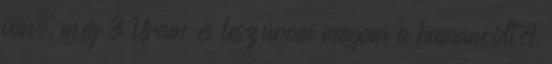
van, még 3 Uram és leszúrom magam a humanoidtól